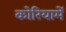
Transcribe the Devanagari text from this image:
कोरियामें